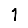
Digit: 1